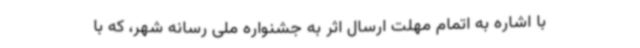
با اشاره به اتمام مهلت ارسال اثر به جشنواره ملی رسانه شهر، که با